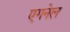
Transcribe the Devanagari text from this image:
एगनेल